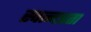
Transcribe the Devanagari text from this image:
स्वत्नत्रता